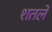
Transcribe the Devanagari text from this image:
शतले